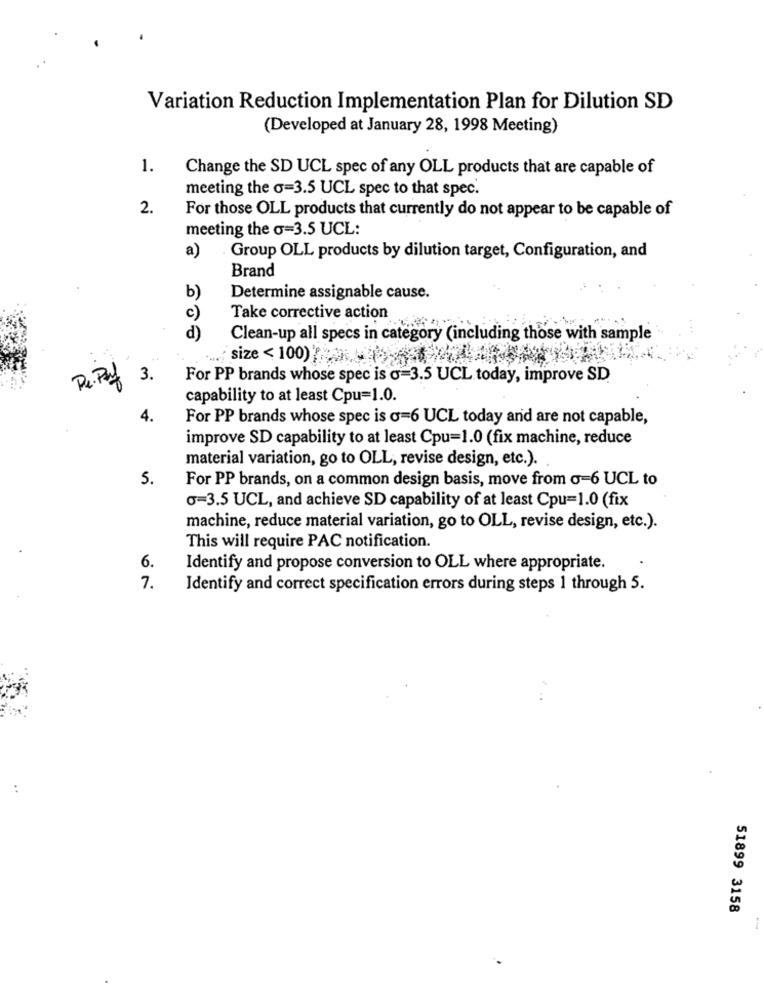
Variation Reduction Implementation Plan for Dilution SD
(Developed at January 28, 1998 Meeting)
1.
Change the SD UCL spec of any OLL products that are capable of
meeting the o=3.5 UCL spec to that spec.
2.
For those OLL products that currently do not appear to be capable of
meeting the o=3.5 UCL:
a)
.Group OLL products by dilution target, Configuration, and
Brand
b)
Determine assignable cause.
C
Take corrective action
d)
Clean-up all specs in category (including those with sample
; size < 100)'
For PP brands whose spec is o=3.5 UCL today, improve SD
De. Puf 3.
capability to at least Cpu=1.0.
4.
For PP brands whose spec is o=6 UCL today and are not capable,
improve SD capability to at least Cpu=1.0 (fix machine, reduce
material variation, go to OLL, revise design, etc.).
5.
For PP brands, on a common design basis, move from o=6 UCL to
o=3.5 UCL, and achieve SD capability of at least Cpu=1.0 (fix
machine, reduce material variation, go to OLL, revise design, etc.).
This will require PAC notification.
6.
Identify and propose conversion to OLL where appropriate.
7.
Identify and correct specification errors during steps 1 through 5.
51899 3158